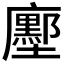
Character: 𭚌